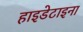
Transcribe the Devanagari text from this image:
हाइडेटाइना